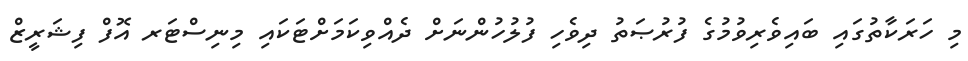
މި ހަރަކާތުގައި ބައިވެރިވުމުގެ ފުރުޞަތު ދިވެހި ފުލުހުންނަށް ދެއްވިކަމަށްޓަކައި މިނިސްޓަރ އޮފް ފިޝަރީޒް